Punjab Mental Hospital Lahore 1932-46 - 1932-1946
Year: 1932
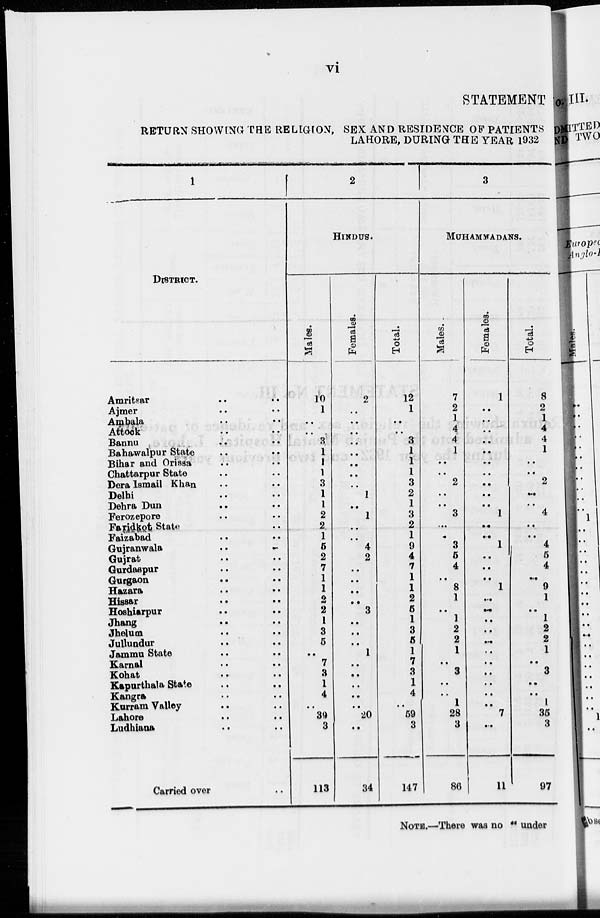
vi
STATEMENT
RETURN SHOWING THE RELIGION, SEX AND RESIDENCE OF PATIENTS
LAHORE, DURING THE YEAR 1932
1
DISTRICT.
Amritsar .. ..
Ajmer .. ..
Ambala .. ..
Attock .. ..
Bannu .. ..
Bahawalpur State .. ..
Bihar and Orissa .. ..
Chattarpur State .. ..
Dera Ismail Khan .. ..
Delhi .. ..
Dehra Dun .. ..
Ferozepore .. ..
Faridkot State ..
Faizabad .. ..
Gujranwala
..
..
Gujrat .. ..
Gurdaspur .. ..
Gurgaon .. ..
Hazara .. ..
Hissar .. ..
Hoshiarpur .. ..
Jhang .. ..
Jhelum
..
..
Jullundar..
..
Jammu State
..
..
Karnal .. ..
Kohat .. ..
Kapurthala State .. ..
Kangra .. ..
Korram Valley .. ..
Lahore .. ..
Ludhiana .. ..
Carried over ..
2
HINDUS.
Males.
10
1
..
..
3
1
1
1
3
1
1
2
2
1
5
2
7
1
1
2
2
1
3
5
..
7
3
1
4
..
39
3
113
Females.
2
..
..
..
..
..
..
..
..
1
..
1
..
..
4
2
..
..
..
..
3
..
..
..
1
..
..
..
..
..
20
..
34
Total.
12
1
..
..
3
1
1
1
3
2
1
3
2
1
9
4
7
1
1
2
5
1
3
5
1
7
3
1
4
..
59
3
147
3
MUHAMMADANS.
Males.
7
2
1
4
4
1
..
..
2
..
..
3
..
..
3
5
4
..
8
1
..
1
2
2
1
..
3
..
..
1
28
3
86
Females.
1
..
..
..
..
..
..
..
..
..
..
1
..
..
1
..
..
..
1
..
..
..
..
..
..
..
..
..
..
..
7
..
11
Total.
8
2
1
4
4
1
..
..
2
..
..
4
..
..
4
5
4
..
9
1
..
1
2
2
1
..
3
..
..
1
35
3
97
NOTE.—There was no " under